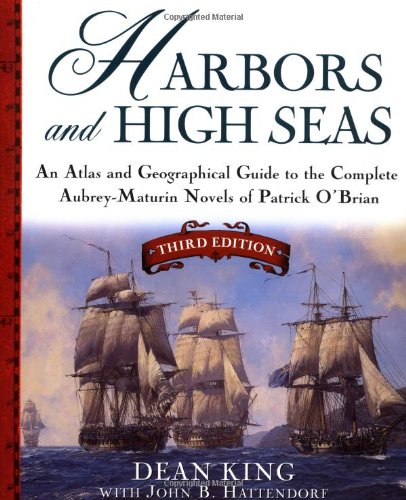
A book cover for Harbors and High Seas, 3rd Edition : An Atlas and Geographical Guide to the Complete Aubrey-Maturin Novels of Patrick O'Brian, Third Edition; Dean King; Literature & Fiction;